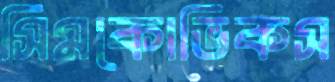
সিমকোভিকস